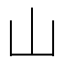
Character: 山